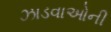
ઝાડવાઓની